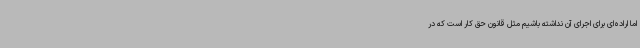
اما اراده‌ای برای اجرای آن نداشته باشیم مثل قانون حق کار است که در